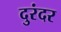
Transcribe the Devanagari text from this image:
दुरंदर